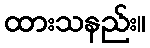
ထားသနည်း။